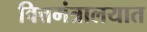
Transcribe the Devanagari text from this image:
वित्तमंत्रालयात